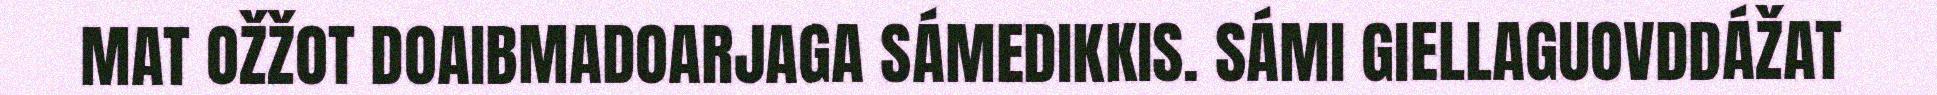
MAT OŽŽOT DOAIBMADOARJAGA SÁMEDIKKIS. SÁMI GIELLAGUOVDDÁŽAT